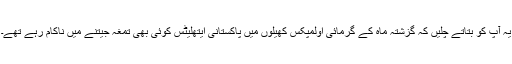
یہ آپ کو بتاتے چلیں کہ گزشتہ ماہ کے گرمائی اولمپکس کھیلوں میں پاکستانی ایتھلیٹس کوئی بھی تمغہ جیتنے میں ناکام رہے تھے۔